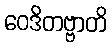
ဝေဒိတဗ္ဗာတိ